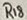
Text: R18